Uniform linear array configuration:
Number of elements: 64
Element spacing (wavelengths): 0.75
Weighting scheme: hamming
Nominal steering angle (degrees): -45
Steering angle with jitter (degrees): -45.515
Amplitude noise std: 0.05
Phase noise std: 0.05

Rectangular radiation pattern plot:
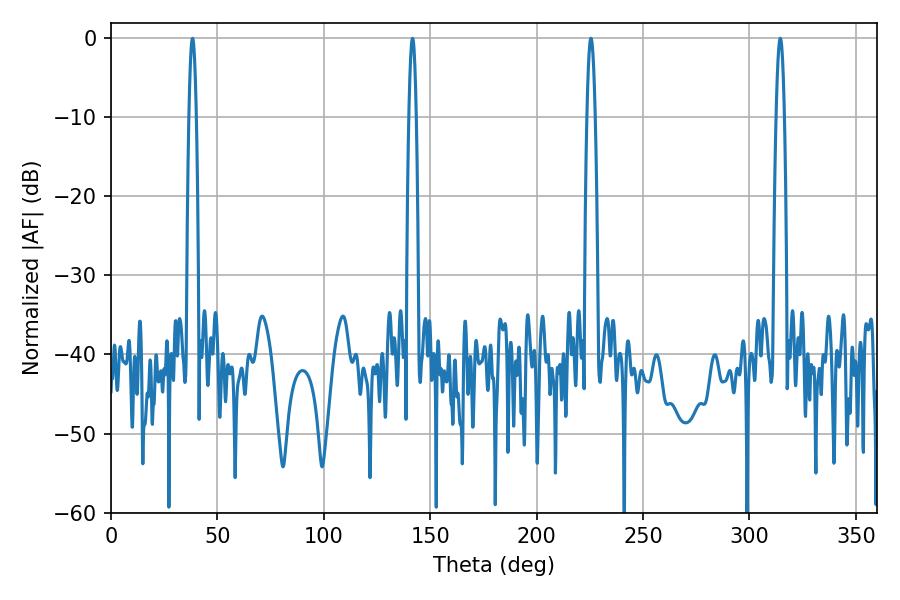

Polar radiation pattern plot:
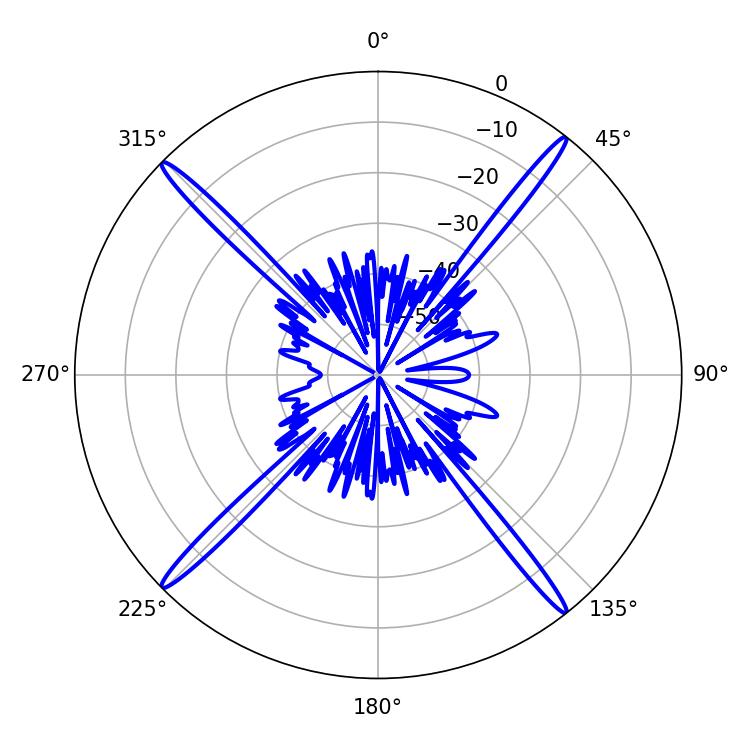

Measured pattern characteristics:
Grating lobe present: TRUE
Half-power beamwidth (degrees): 2.16
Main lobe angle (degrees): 314.46